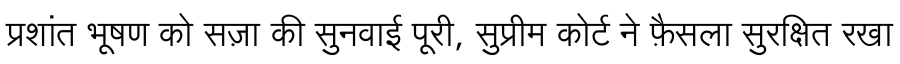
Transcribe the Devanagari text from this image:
प्रशांत भूषण को सज़ा की सुनवाई पूरी, सुप्रीम कोर्ट ने फ़ैसला सुरक्षित रखा